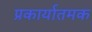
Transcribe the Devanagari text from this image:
प्रकार्यातमक